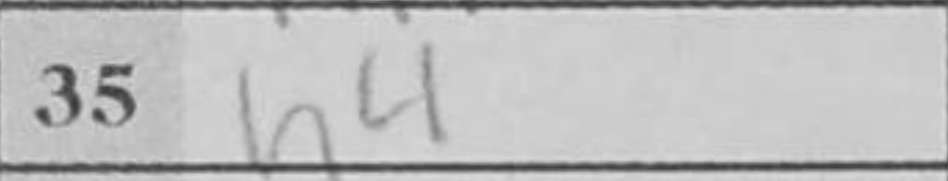
Transcription: h4